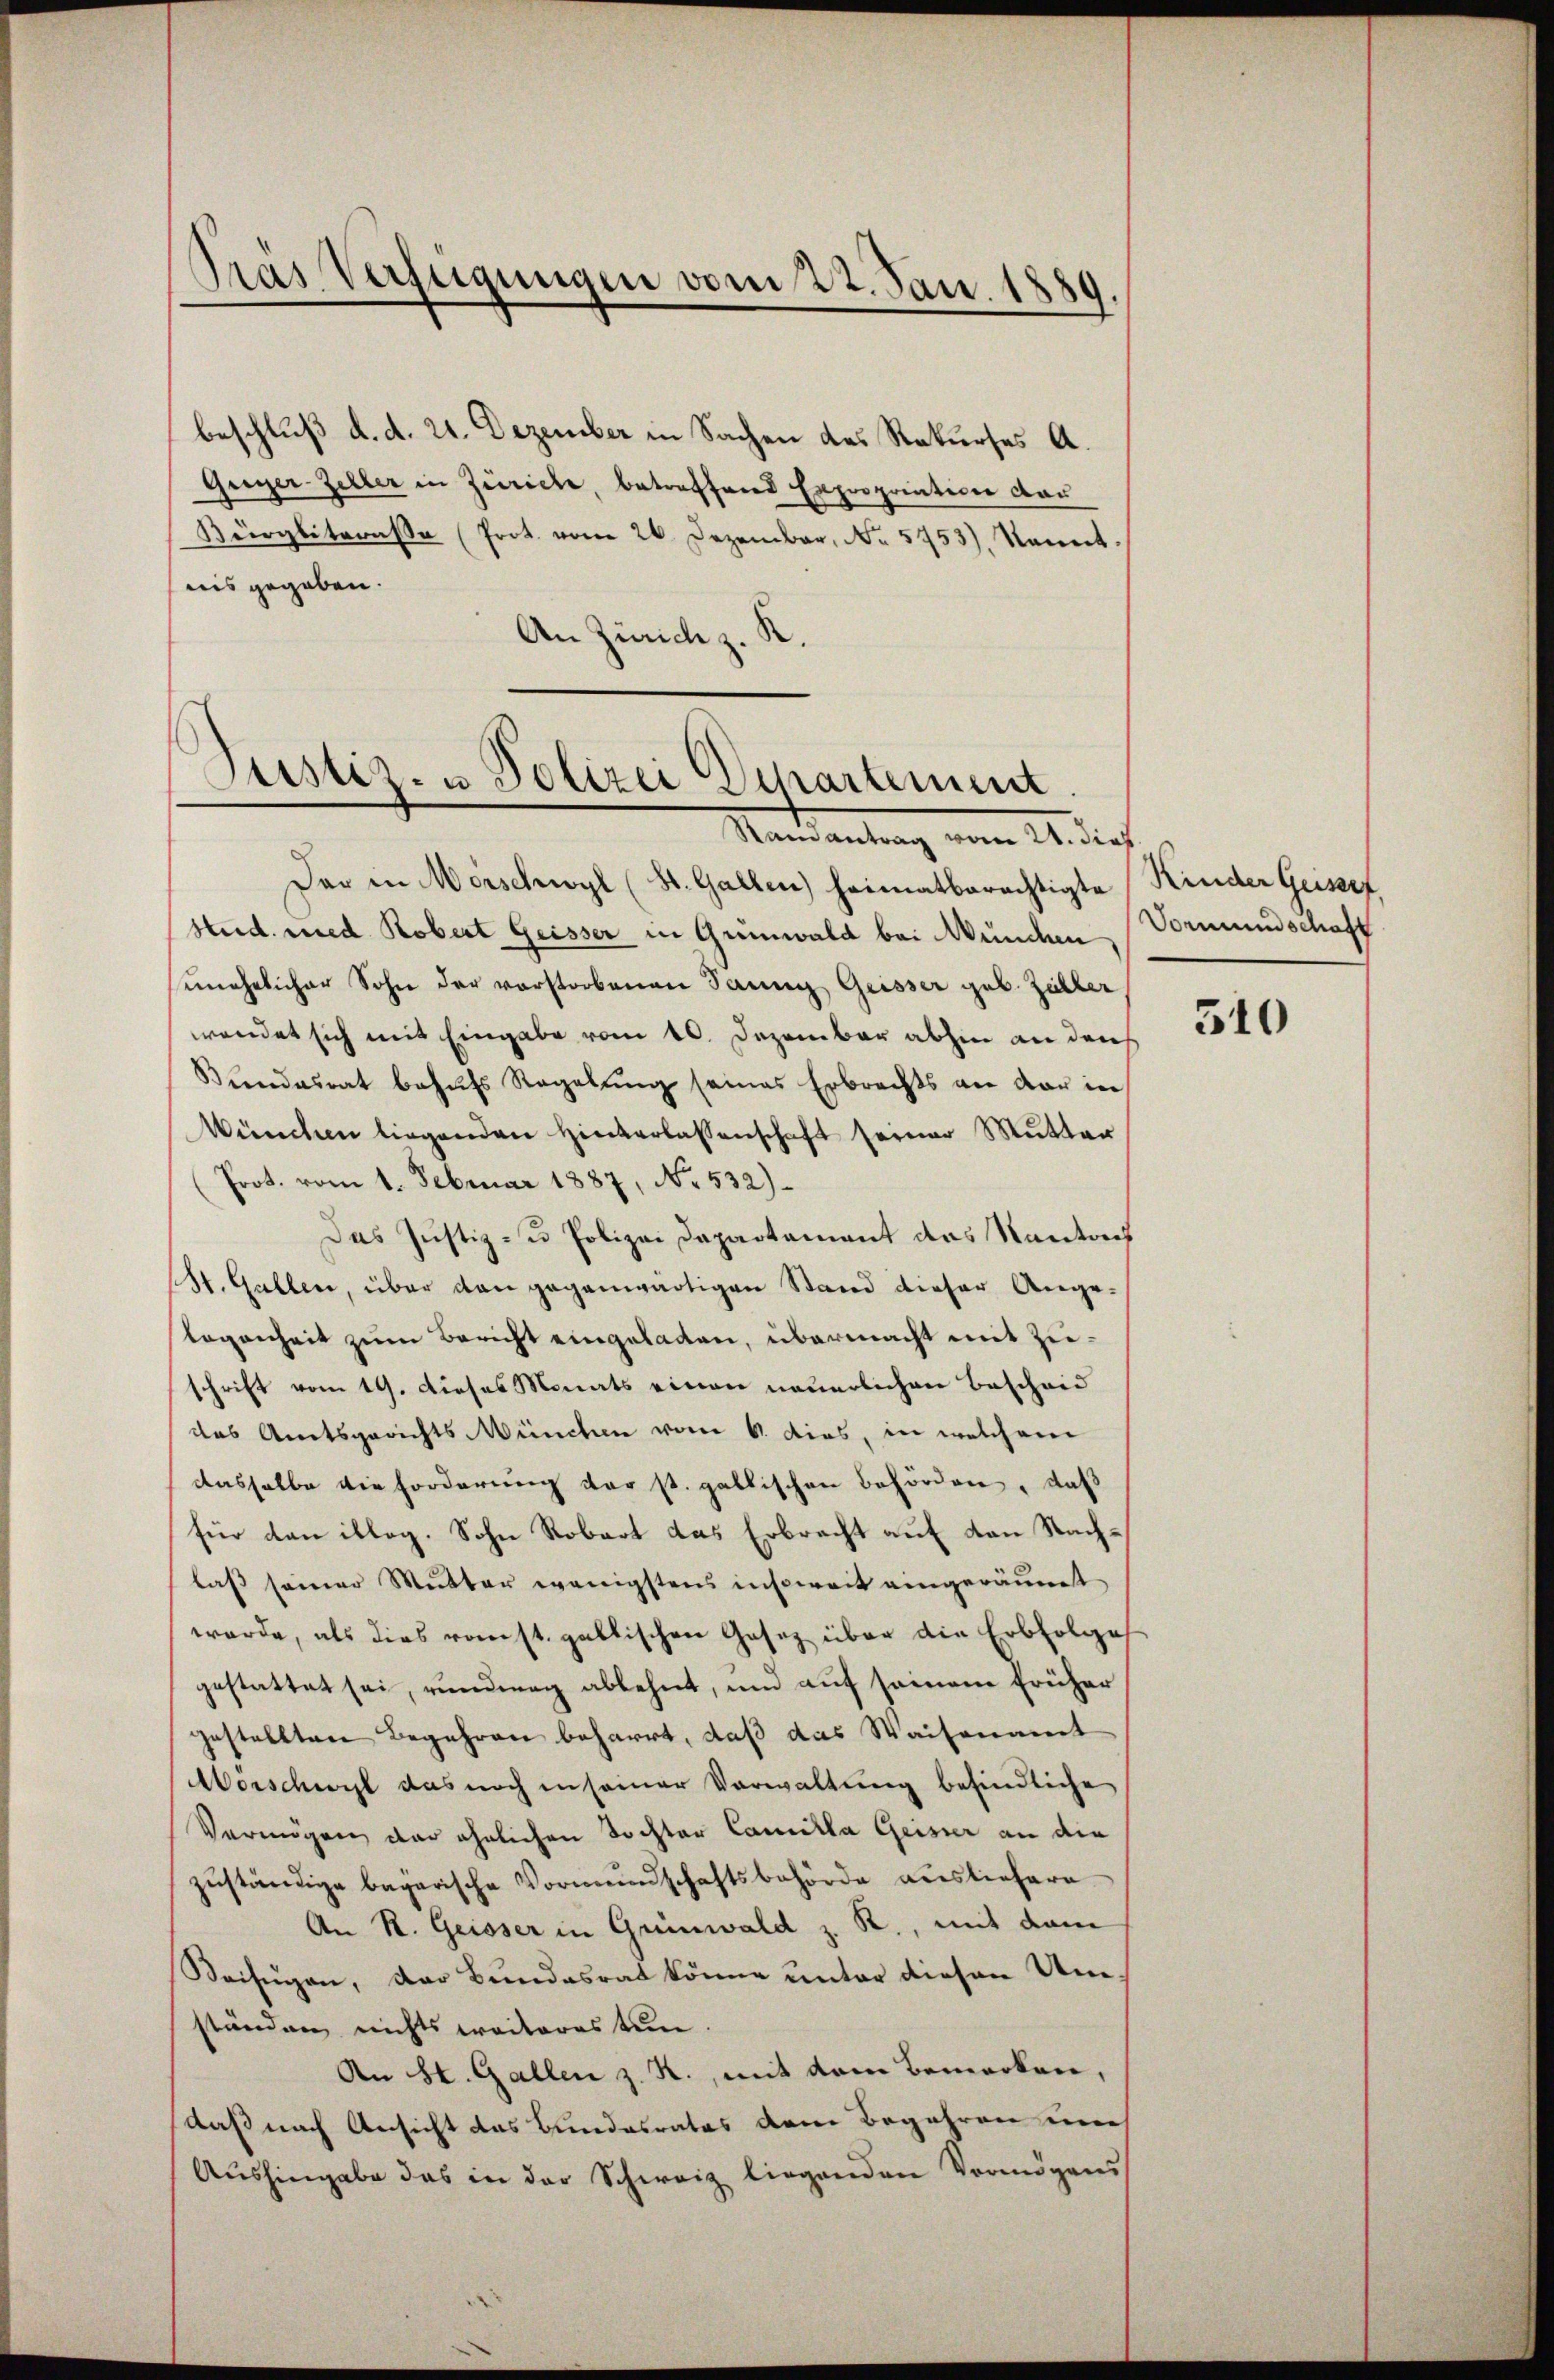
Pras Verfügungen vom 22. Jan. 1889.

beschluß d. d. 21. Dezember in Sachen des Rekurses A.
Guger-Zeller in Zürich, betreffend Expropriation dar
Bürgliterasse (Prot. vom 26. Dezember, No. 5753), Nament
nis gegeben.
An Zürich z. K

Justiz- u Polizei Departement.

Ramantrag vom 21. dies
Der in Mörschwyl (St. Gallen heimatberechtigte Kinder Geissef.
stud. und Robert Geisser in Grünwald bei München Vormundschaft
unehelicher Sohn der vorstorbenen Jaun Geisser geb. Zöller
wendet sich mit Eingabe vom 10. Dezember abhin an den
Bundesrat behufs Regelung seines Erbrechts an der in
Wünchen liegenden Hinterlassenschaft seiner Mutter
(Prot. vom 1. Februar 1887, No. 532)
Das Justiz- u Polizei Departement des Kantoch
St. Gallen, über den gegenwärtigen Stand dieser Angelegenheit zum Bericht eingeladen, übermacht mit Zieschrift vom 19. Dieses Monats einen neuerlichen Bescheid
das Amtsgerichts München vom 6. dies, in welchem
dasselbe die forderung der st. gallischen Behörden, daß
für dan illog. Sohn Robart das Erbrecht auf den Nachlaß seiner Mutter wenigstens insoweit eingeräumt
werde, als dies ronst. gallischen Gesetz über die Erbfolge
gestattet sei, rundung ablehnt, und auf seinem früher
gestellten Begehren beharrt, daß das Waisenamt
Morschwil das noch in seiner Verwaltung befindliche
Vermögen der ähnlichen Tochter Camilla Geister an die
zuständige bagarische Vormundschaftsbehörde ausliefern
An R. Geisser in Grünwald z. R., mit dem
Beifügen, der Bundesrat könne unter diesen Umständen nichts weiteres tun.
An St. Gallen z. R., mit dem Bemerken,
daß nach Ansicht das Bundesrates dem Begehren un
Aushingabe das in der Schweiz liegenden Vermögens

310